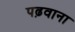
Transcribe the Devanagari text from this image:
पढ़वाना